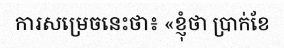
ការសម្រេចនេះថា៖ «ខ្ញុំថា ប្រាក់ខែ